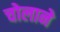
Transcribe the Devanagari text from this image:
चोलाने